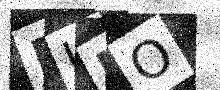
Text: RUUO